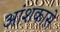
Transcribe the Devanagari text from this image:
आंशकासे